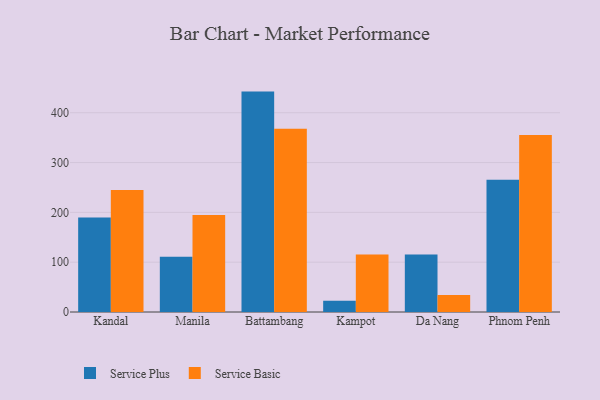
{"axis": {"x": "City", "y": "Shipments"}, "legend": ["Service Basic", "Service Plus"], "data": [{"x": "Kandal", "y": 189.6, "type": "Service Plus"}, {"x": "Kandal", "y": 245.0, "type": "Service Basic"}, {"x": "Manila", "y": 111.1, "type": "Service Plus"}, {"x": "Manila", "y": 194.7, "type": "Service Basic"}, {"x": "Battambang", "y": 442.4, "type": "Service Plus"}, {"x": "Battambang", "y": 367.8, "type": "Service Basic"}, {"x": "Kampot", "y": 22.4, "type": "Service Plus"}, {"x": "Kampot", "y": 115.2, "type": "Service Basic"}, {"x": "Da Nang", "y": 115.2, "type": "Service Plus"}, {"x": "Da Nang", "y": 33.9, "type": "Service Basic"}, {"x": "Phnom Penh", "y": 265.3, "type": "Service Plus"}, {"x": "Phnom Penh", "y": 355.3, "type": "Service Basic"}]}